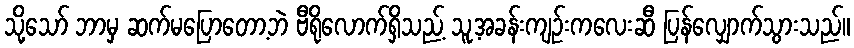
သို့သော် ဘာမှ ဆက်မပြောတော့ဘဲ ဗီရိုလောက်ရှိသည့် သူ့အခန်းကျဉ်းကလေးဆီ ပြန်လျှောက်သွားသည်။